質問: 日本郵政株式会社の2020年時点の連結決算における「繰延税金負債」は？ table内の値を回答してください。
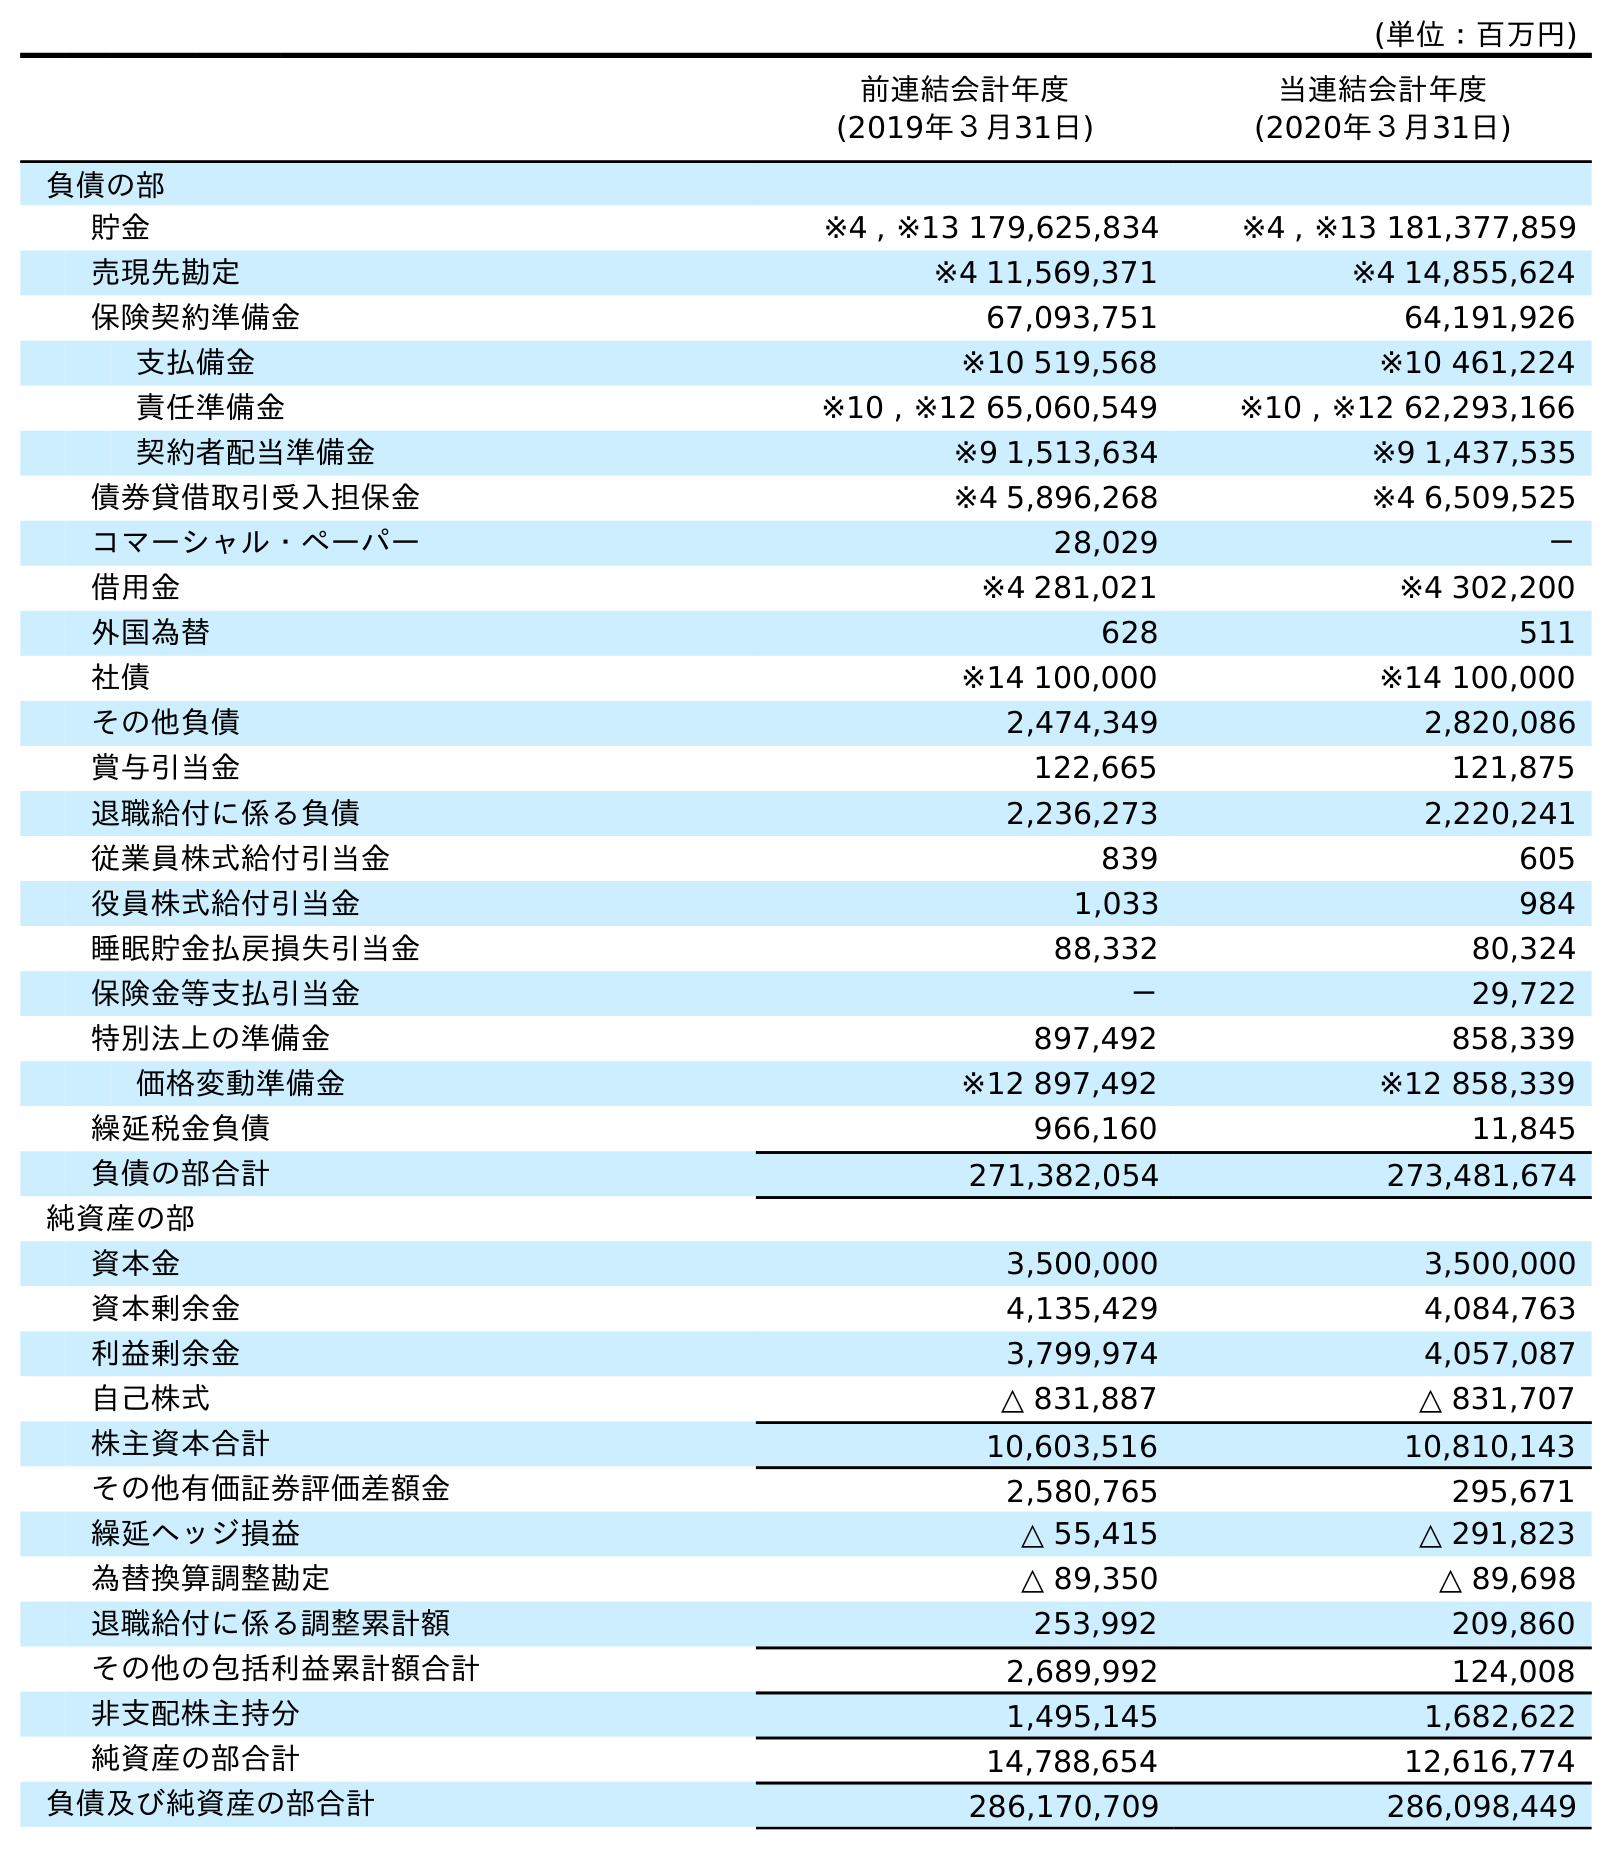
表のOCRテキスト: (単位：百万円) 前連結会計年度 (2019年３月31日) 当連結会計年度 (2020年３月31日) 負債の部 貯金 ※4 , ※13 179,625,834 ※4 , ※13 181,377,859 売現先勘定 ※4 11,569,371 ※4 14,855,624 保険契約準備金 67,093,751 64,191,926 支払備金 ※10 519,568 ※10 461,224 責任準備金 ※10 , ※12 65,060,549 ※10 , ※12 62,293,166 契約者配当準備金 ※9 1,513,634 ※9 1,437,535 債券貸借取引受入担保金 ※4 5,896,268 ※4 6,509,525 コマーシャル・ペーパー 28,029 － 借用金 ※4 281,021 ※4 302,200 外国為替 628 511 社債 ※14 100,000 ※14 100,000 その他負債 2,474,349 2,820,086 賞与引当金 122,665 121,875 退職給付に係る負債 2,236,273 2,220,241 従業員株式給付引当金 839 605 役員株式給付引当金 1,033 984 睡眠貯金払戻損失引当金 88,332 80,324 保険金等支払引当金 － 29,722 特別法上の準備金 897,492 858,339 価格変動準備金 ※12 897,492 ※12 858,339 繰延税金負債 966,160 11,845 負債の部合計 271,382,054 273,481,674 純資産の部 資本金 3,500,000 3,500,000 資本剰余金 4,135,429 4,084,763 利益剰余金 3,799,974 4,057,087 自己株式 △ 831,887 △ 831,707 株主資本合計 10,603,516 10,810,143 その他有価証券評価差額金 2,580,765 295,671 繰延ヘッジ損益 △ 55,415 △ 291,823 為替換算調整勘定 △ 89,350 △ 89,698 退職給付に係る調整累計額 253,992 209,860 その他の包括利益累計額合計 2,689,992 124,008 非支配株主持分 1,495,145 1,682,622 純資産の部合計 14,788,654 12,616,774 負債及び純資産の部合計 286,170,709 286,098,449
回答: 11,845